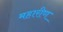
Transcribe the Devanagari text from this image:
महारीण